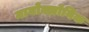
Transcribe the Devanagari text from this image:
मायोक्लोनिक